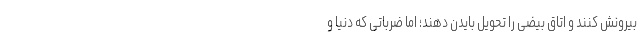
بیرونش کنند و اتاق بیضی را تحویل بایدن دهند؛ اما ضرباتی که دنیا و